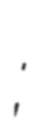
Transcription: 蒙衝;